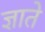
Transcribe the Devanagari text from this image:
ज्ञाते